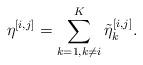
LaTeX: \begin{align*} \eta^{[i,j]} &= \sum_{k=1, k\neq i}^{K} \tilde{\eta}^{[i,j]}_{k}.\end{align*}